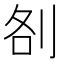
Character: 㓢